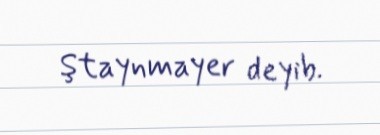
Ştaynmayer deyib.